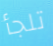
تلجأ